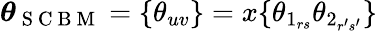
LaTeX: \boldsymbol{\theta}_{\mathrm{~S~C~B~M~}}=\{ \theta_{uv}\} =x\{ \theta_{1_{rs}}\theta_{2_{r^{\prime}s^{\prime}}}\}